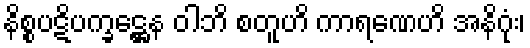
နိစ္စပဋိပက္ခဋ္ဌေန ဝါဘိ စတူဟိ ကာရဏေဟိ အနိဂုံး၊